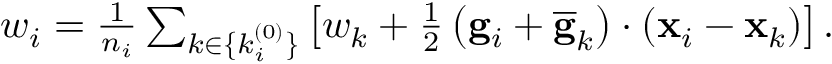
\begin{array} { r } { { w } _ { i } = \frac { 1 } { n _ { i } } \sum _ { k \in \{ k _ { i } ^ { ( 0 ) } \} } \left[ { w } _ { k } + \frac { 1 } { 2 } \left( { \bf g } _ { i } + \overline { { \bf g } } _ { k } \right) \cdot ( { \bf x } _ { i } - { \bf x } _ { k } ) \right] . } \end{array}